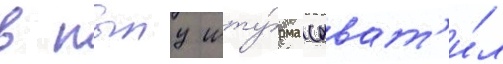
в пылу шту́рма схват'и́л